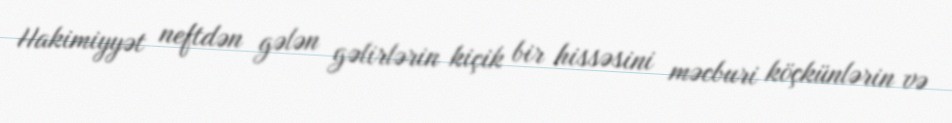
Hakimiyyət neftdən gələn gəlirlərin kiçik bir hissəsini məcburi köçkünlərin və